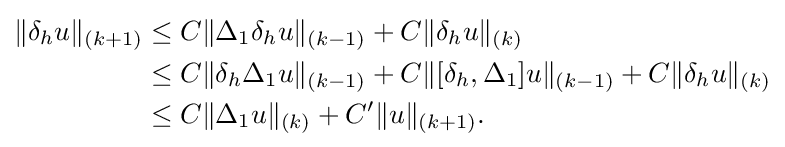
{\begin{aligned}\|\delta _{h}u\|_{(k+1)}&\leq C\|\Delta _{1}\delta _{h}u\|_{(k-1)}+C\|\delta _{h}u\|_{(k)}\\&\leq C\|\delta _{h}\Delta _{1}u\|_{(k-1)}+C\|[\delta _{h},\Delta _{1}]u\|_{(k-1)}+C\|\delta _{h}u\|_{(k)}\\&\leq C\|\Delta _{1}u\|_{(k)}+C^{\prime }\|u\|_{(k+1)}.\end{aligned}}